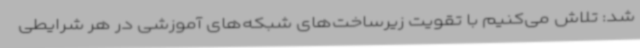
شد: تلاش می‌کنیم با تقویت زیرساخت‌های شبکه‌های آموزشی در هر شرایطی